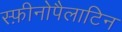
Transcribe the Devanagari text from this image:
स्फ़ीनोपैलाटिन